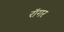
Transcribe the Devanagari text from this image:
रॉगर